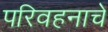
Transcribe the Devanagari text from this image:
परिवहनाचे